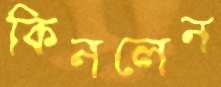
কিনলেন